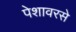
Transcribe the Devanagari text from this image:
पेशावरसे